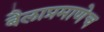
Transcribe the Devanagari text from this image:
बैलाप्रमाणेच